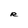
Character: R